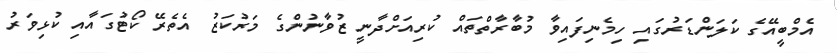
އެމްބީއޭގެ ކަލަންޑަރުގައި ހިމެނިފައިވާ މުބާރާތްތައް ކުރިއަށްދާނީ ޒުވާނުންގެ މަރުކަޒު އެތެރޭ ކޯޓުގައާއި ކުޅިވަރު